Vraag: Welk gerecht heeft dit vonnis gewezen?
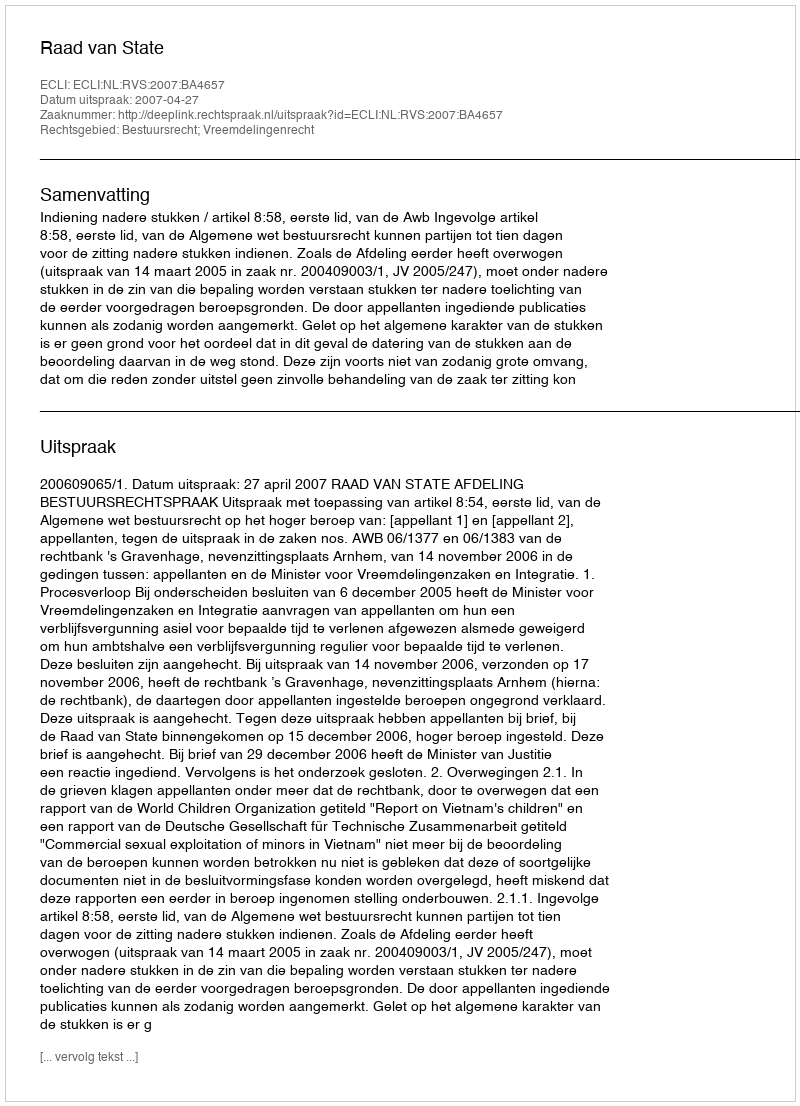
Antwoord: Raad van State